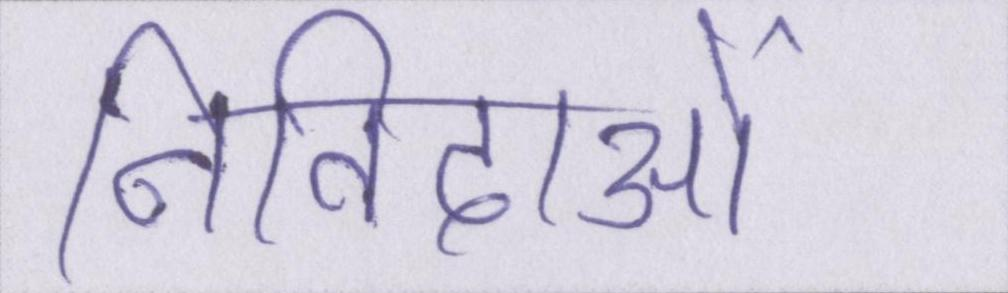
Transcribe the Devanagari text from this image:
निविदाओं